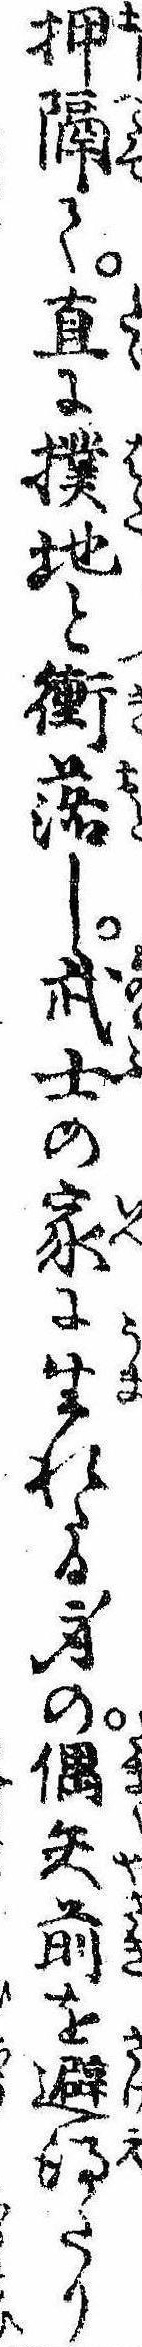
押隔て直に撲地と衝落し武士の家に生れたる身の偶矢前を避得たり